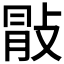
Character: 𢽢